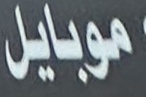
موبايل